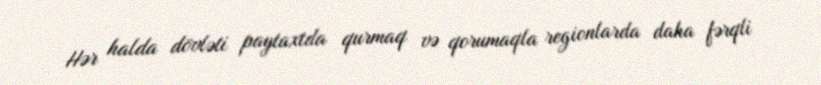
Hər halda dövləti paytaxtda qurmaq və qorumaqla regionlarda daha fərqli